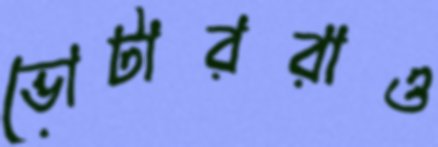
ভোটাররাও